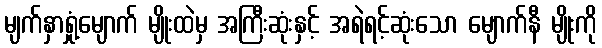
မျက်နှာရှုံ့မျောက် မျိုးထဲမှ အကြီးဆုံးနှင့် အရဲရင့်ဆုံးသော မျောက်နီ မျိုးကို